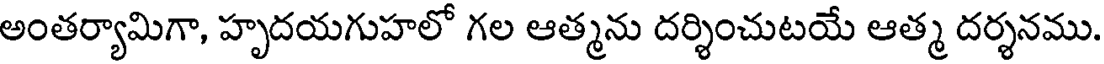
అంతర్యామిగా, హృదయగుహలో గల ఆత్మను దర్శించుటయే ఆత్మ దర్శనము.